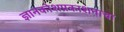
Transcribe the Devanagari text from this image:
ज्ञानकोशप्रकाशनाचा